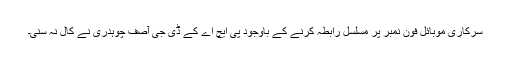
سرکاری موبائل فون نمبر پر مسلسل رابطہ کرنے کے باوجود پی ایچ اے کے ڈی جی آصف چوہدری نے کال نہ سنی۔